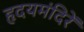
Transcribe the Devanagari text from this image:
हृदयमंदिरें